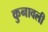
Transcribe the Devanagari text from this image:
कुनावली